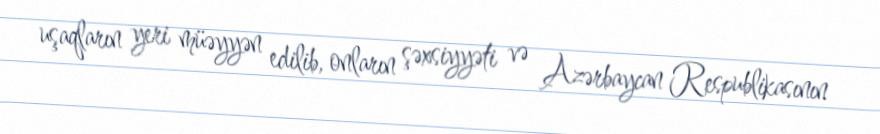
uşaqların yeri müəyyən edilib, onların şəxsiyyəti və Azərbaycan Respublikasının